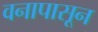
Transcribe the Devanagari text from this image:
वनापासून